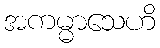
အကမ္မာသေဟိ